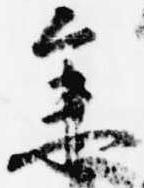
参